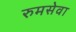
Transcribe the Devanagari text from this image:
रुमसेवा